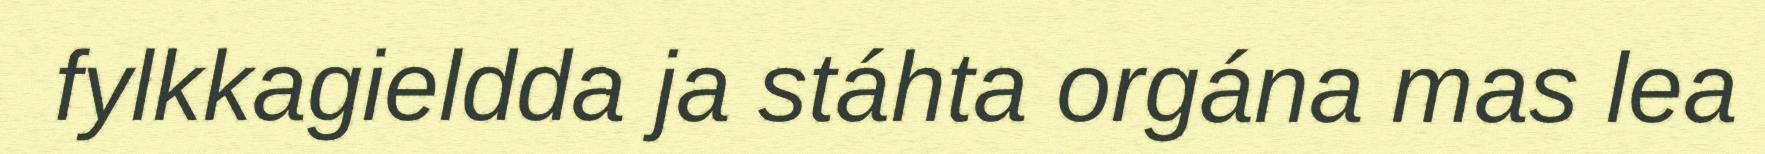
fylkkagieldda ja stáhta orgána mas lea